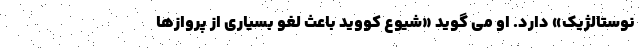
نوستالژیک» دارد. او می گوید «شیوع کووید باعث لغو بسیاری از پروازها